Annual report of the Punjab Veterinary College and of the Civil Veterinary Department, Punjab - 1894-1908
Year: 1894
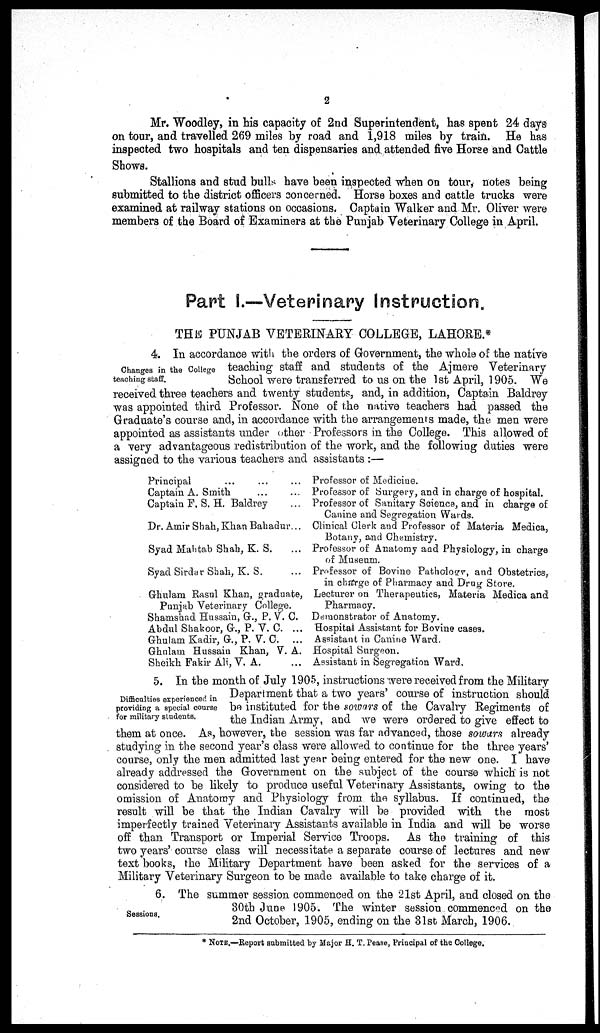
2
Mr. Woodley, in his capacity of 2nd Superintendent, has spent 24 days
on tour, and travelled 269 miles by road and 1,918 miles by train. He has
inspected two hospitals and ten dispensaries and attended five Horse and Cattle
Shows.
Stallions and stud bulls have been inspected when on tour, notes being
submitted to the district officers concerned. Horse boxes and cattle trucks were
examined at railway stations on occasions. Captain Walker and Mr. Oliver were
members of the Board of Examiners at the Punjab Veterinary College in April.
Part I.—Veterinary Instruction.
THE PUNJAB VETERINARY COLLEGE, LAHORE.*
Changes in the College
teaching staff.
4 In accordance with the orders of Government, the -whole of the native
teaching staff and students of the Ajmere Veterinary
School were transferred to us on the 1st April, 1905. We
received three teachers and twenty students, and, in addition, Captain Baldrey
was appointed third Professor. None of the native teachers had passed the
Graduate's course and, in accordance with the arrangements made, the men were
appointed as assistants under other Professors in the College. This allowed of
a very advantageous redistribution of the work, and the following duties were
assigned to the various teachers and assistants :—
Principal ... ... ...
Captain A. Smith
...
...
Captain F. S. H. Baldrey ...
Dr. Amir Shah, Khan Bahadur...
Syad Mahtab Shah, K. S. ..
Syad Sirdar Shah, K. S. ...
Ghulam Rasul Khan, graduate,
Punjab Veterinary College.
Shamshad Hussain, G., P. V. C.
Abdul Shakoor, G., P. V. C. ...
Ghulam Kadir, G., P. V. C. ...
Ghulam Hussain Khan, V. A.
Sheikh Fakir Ali, V. A. ...
Professor of Medicine.
Professor of Surgery, and in charge of hospital.
Professor of Sanitary Science, and in charge of
Canine and Segregation Wards.
Clinical Clerk and Professor of Materia Medica,
Botany, and Chemistry.
Professor of Anatomy and Physiology, in charge
of Museum.
Professor of Bovine Pathology, and Obstetrics,
in charge of Pharmacy and Drug Store.
Lecturer on Therapeutics, Materia Medica and
Pharmacy.
Demonstrator of Anatomy.
Hospital Assistant for Bovine cases.
Assistant in Canine Ward.
Hospital Surgeon.
Assistant in Segregation Ward.
Difficulties experienced in
providing a special course
for military students.
5. In the month of July 1905, instructions were received from the Military
Department that a two years' course of instruction should
be instituted for the sowars of the Cavalry Regiments of
the Indian Army, and we were ordered to give effect to
them at once. As, however, the session was far advanced, those sowars already
studying in the second year's class were allowed to continue for the three years'
course, only the men admitted last year being entered for the new one. I have
already addressed the Government on the subject of the course which is not
considered to be likely to produce useful Veterinary Assistants, owing to the
omission of Anatomy and Physiology from the syllabus. If continued, the
result will be that the Indian Cavalry will be provided with the most
imperfectly trained Veterinary Assistants available in India and will be worse
off than Transport or Imperial Service Troops. As the training of this
two years'course class will necessitate a separate course of lectures and new
text books, the Military Department have been asked for the services of a
Military Veterinary Surgeon to be made available to take charge of it.
Sessions,
6. The summer session commenced on the 21st April, and closed on the
30th June 1905. The winter session commenced on the
2nd October, 1905, ending on the 31st March, 1906.
* NOTE.—Report submitted by Major H. T. Pease, Principal of the College.